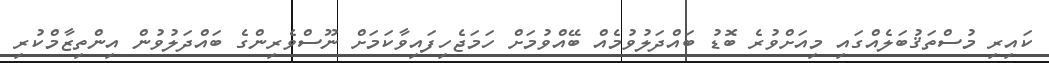
ކައިރި މުސްތަޤުބަލެއްގައި މިއަށްވުރެ ބޮޑު ބައްދަލުވުމެއް ބޭއްވުމަށް ހަމަޖެހިފައިވާކަމަށް ނޫސްވެރިންގެ ބައްދަލުވުން އިންތިޒާމްކުރި